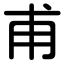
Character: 甫